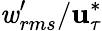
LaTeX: \mathit{w}_{rms}^{\prime}/\mathbf{u}_{\tau}^{*}